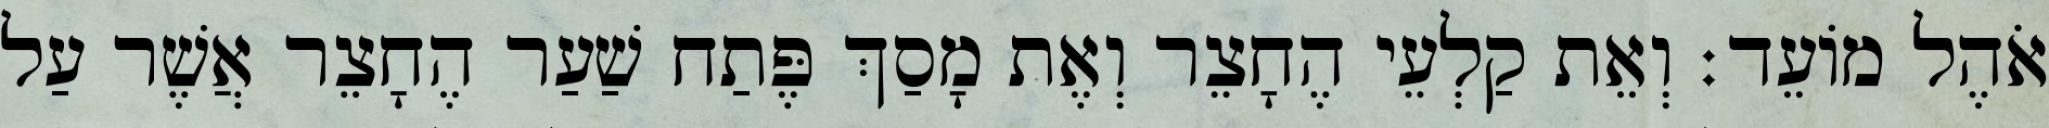
אֹהֶל מוֹעֵד׃ וְאֵת קַלְעֵי הֶחָצֵר וְאֶת מָסַךְ פֶּתַח שַׁעַר הֶחָצֵר אֲשֶׁר עַל